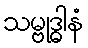
သမ္ဗုဒ္ဓါနံ